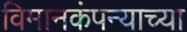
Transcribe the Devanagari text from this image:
विमानकंपन्याच्या